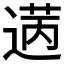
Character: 𫈡